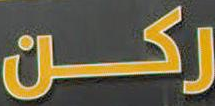
ركن